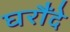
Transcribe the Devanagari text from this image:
घरौंदे